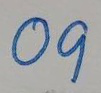
09